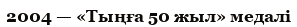
2004 — «Тыңға 50 жыл» медалі